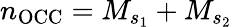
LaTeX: n_{\mathrm{OCC}}=M_{s_{1}}+M_{s_{2}}